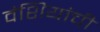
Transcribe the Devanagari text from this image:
वंशियांची